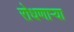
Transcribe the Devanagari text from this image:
रोधणाऱ्या